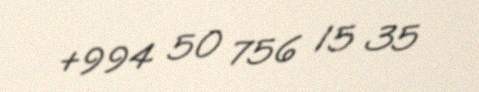
+994 50 756 15 35